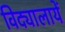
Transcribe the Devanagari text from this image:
विद्यालायें